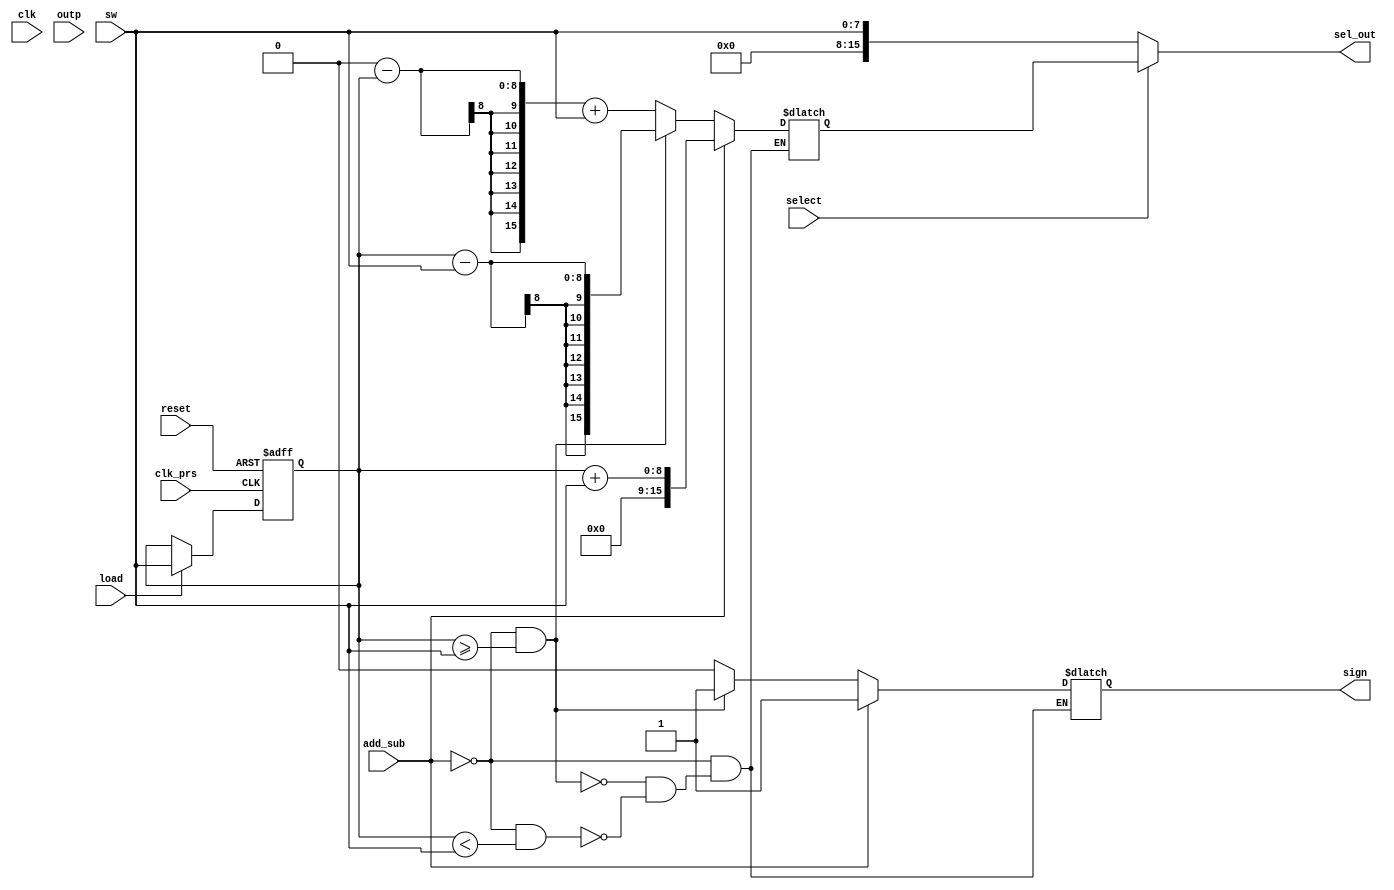
module count(

    input clk,
    input clk_prs,
    input reset,
    input [3:0] outp,
    input [7:0] sw,
    input select,
    input load,
    input add_sub,

    output reg [15:0] sel_out,
    output reg sign
);

reg [7:0] number_1;
reg [15:0] result;

//A loadable 8-bit register
always@(posedge clk_prs or posedge reset)
 begin
   if(reset)
        number_1 <= 8'd0;
         
   else if (load)
        number_1 <= sw[7:0];
            
 end
	
// The calculator
always@(*)
    begin
    if  (add_sub)begin
        result <= number_1 + sw;
		  sign <= 1'b1;
	 end
    else if(add_sub==0&&number_1>=sw)begin
        result <= number_1 - sw;
		  sign <= 1'b1;
	 end
	 else if(add_sub==0&&number_1<sw)begin
		  result <=8'd00065536-number_1+sw;
		  sign <= 1'b0;
	 end
    end

//Mux output  
always@(*)
	begin
		if (select)
			sel_out=result;
		else
			sel_out=sw;
	end
	 
endmodule